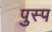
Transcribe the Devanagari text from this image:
पुस्प